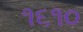
૧૬૧૦